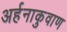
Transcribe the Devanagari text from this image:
अर्हनाकुवाण